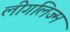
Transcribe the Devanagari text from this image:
लीगलिज्म